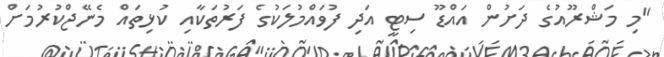
"މި މަޝްރޫއުގެ ދަށުން އައްޑޫ ސިޓީ އަދި ފުވައްމުލަކުގެ ފަރުތަކާއި ކުޅިތައް މެނޭޖްކުުރުމަށް